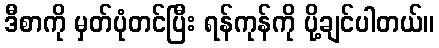
ဒီစာကို မှတ်ပုံတင်ပြီး ရန်ကုန်ကို ပို့ချင်ပါတယ်။